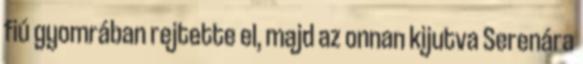
fiú gyomrában rejtette el, majd az onnan kijutva Serenára